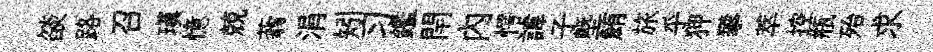
燄路召瑱憶兢蓊涓矧习鑑閈内愕諱子塈鮪旅乎狎攀萃控瓶殆求